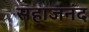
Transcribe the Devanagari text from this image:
सहाजनंद